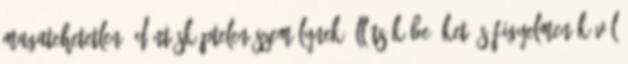
magatehetetlen, döntésképtelen személynek állítsák be őket és figyelmen kívül